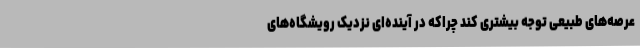
عرصه‌های طبیعی توجه بیشتری کند چراکه در آینده‌ای نزدیک رویشگاه‌های